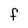
Character: f